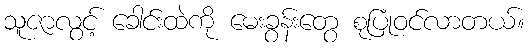
သူဇာလွင့် ခေါင်းထဲကို မေးခွန်းတွေ စုပြုံဝင်လာတယ်။